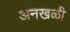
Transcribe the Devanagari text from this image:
अनखळी